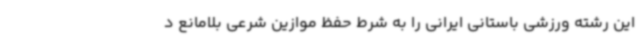
این رشته ورزشی باستانی ایرانی را به شرط حفظ موازین شرعی بلامانع د